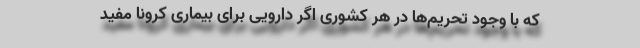
که با وجود تحریم‌ها در هر کشوری اگر دارویی برای بیماری کرونا مفید